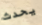
يحدث